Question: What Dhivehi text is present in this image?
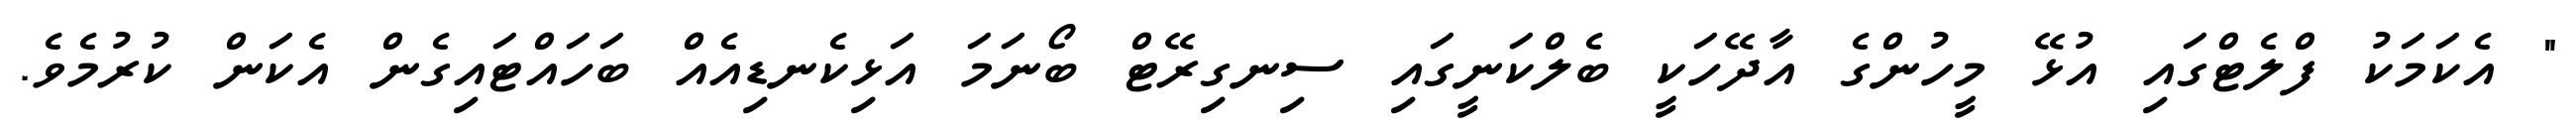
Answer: " އެކަމަކު ފްލެޓްގައި އުޅޭ މީހުންގެ އާދޭހަކީ ބެލްކަނީގައި ސިނގިރޭޓް ބޯނަމަ އަޅިކެނޑިއެއް ބަހައްޓައިގެން އެކަން ކުރުމެވެ.